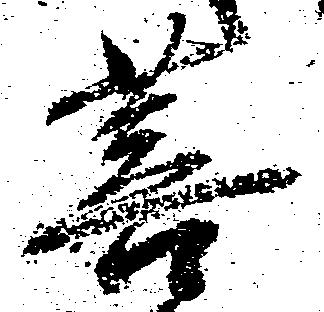
菩